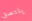
يلتصق